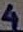
Text: 4